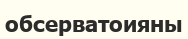
обсерватоияны